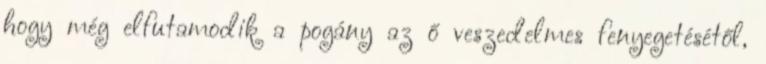
hogy még elfutamodik a pogány az ő veszedelmes fenyegetésétől,